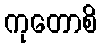
ကုတောစိ